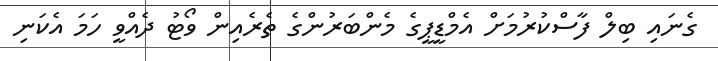
ގެނައި ބިލް ފާސްކުރުމަށް އެމްޑީޕީގެ މެންބަރުންގެ ތެރެއިން ވޯޓު ދެއްވީ ހަމަ އެކަނި